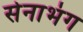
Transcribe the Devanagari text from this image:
सेनाभंग